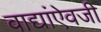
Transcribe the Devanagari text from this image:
वाद्यांऐवजी